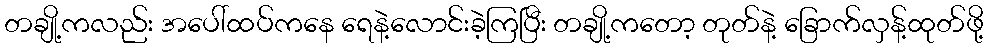
တချို့ကလည်း အပေါ်ထပ်ကနေ ရေနဲ့လောင်းခဲ့ကြပြီး တချို့ကတော့ တုတ်နဲ့ ခြောက်လှန့်ထုတ်ဖို့